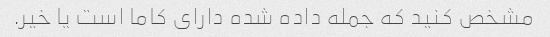
مشخص کنید که جمله داده شده دارای کاما است یا خیر.